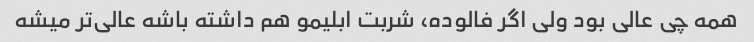
همه چی عالی بود ولی اگر فالوده، شربت ابلیمو هم داشته باشه عالی‌تر میشه